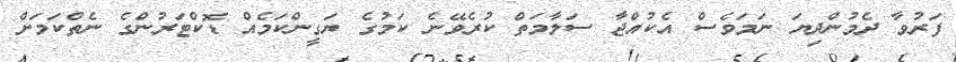
ފަރުވާ ދެމުންދިޔަ ނަމަވެސް އެކުއްޖާ ސަލާމަތް ކުރެވޭނެ ކަމުގެ ޔަގީންކަމެއް ޑޮކްޓަރުންގެ ނެތްކަމަށް